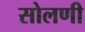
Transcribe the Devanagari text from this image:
सोलणी